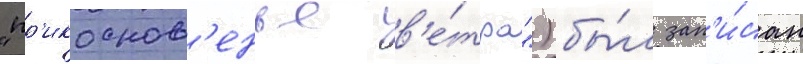
"пр'икоснов'енье в'е́тра") бы́л зап'и́сан